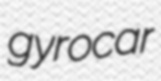
gyrocar